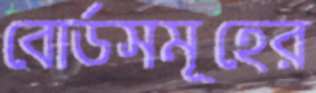
বোর্ডসমূহের